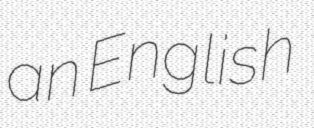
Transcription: an English